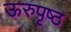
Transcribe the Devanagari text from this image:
ऊरुपृष्ठ